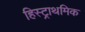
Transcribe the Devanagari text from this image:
हिस्ट्राथमिक